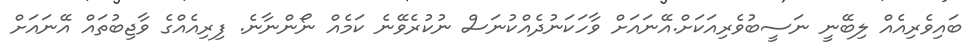
ބައިވެރިއެއް ލިބޭނީ ނަސީބުވެރިއަކަށް.އޭނައަށް ވާހަކަނުދެއްކުނަސް ނުކުރެވޭނެ ކަމެއް ނޯންނާނެ. ފިރިއެއްގެ ވާޖިބުތައް އޭނައަށް